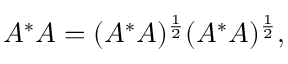
A ^ { * } A = ( A ^ { * } A ) ^ { \frac { 1 } { 2 } } ( A ^ { * } A ) ^ { \frac { 1 } { 2 } } ,